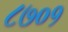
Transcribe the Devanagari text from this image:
८७०१